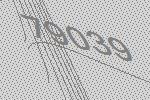
79039